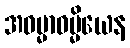
အဓမ္မာဓမ္မိယေန